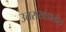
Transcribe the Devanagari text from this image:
उत्तराखंडातील